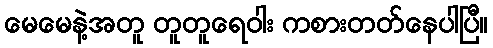
မေမေနဲ့အတူ တူတူရေဝါး ကစားတတ်နေပါပြီ။